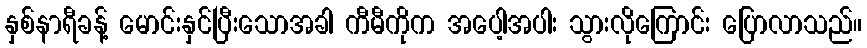
နှစ်နာရီခန့် မောင်းနှင်ပြီးသောအခါ ကီမီကိုက အပေါ့အပါး သွားလိုကြောင်း ပြောလာသည်။